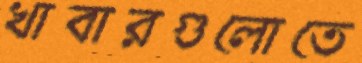
খাবারগুলোতে